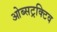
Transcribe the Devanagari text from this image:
ओब्सट्रक्टिव